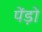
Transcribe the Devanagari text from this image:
पेंड़ो